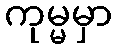
ကုမ္မမှာ